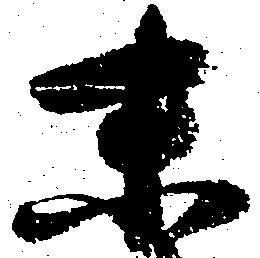
末